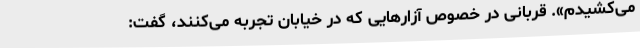
می‌کشیدم». قربانی در خصوص آزارهایی که در خیابان تجربه می‌کنند، گفت: